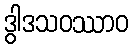
ဒွါဒသဝဿာဝ